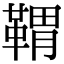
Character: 𩋤